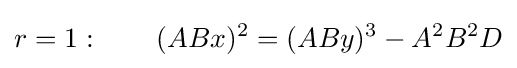
r=1:\qquad (ABx)^{2}=(ABy)^{3}-A^{2}B^{2}D